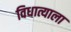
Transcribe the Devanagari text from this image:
विधात्याला